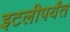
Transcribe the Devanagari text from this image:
इटलीपर्यंत